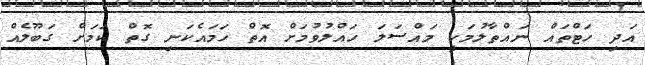
އަދި ހަޓްތައް ނައްތާލުމަކީ މައްސަލަ ހައްލުވުމަށް އޮތް ހަމައެކަނި ގޮތް ކަމަށް ގަބޫލެއް